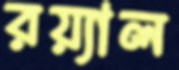
রয়্যাল